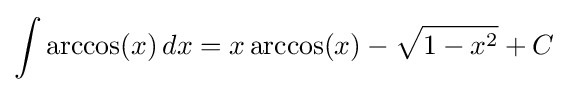
\int \arccos(x)\,dx=x\arccos(x)-{\sqrt {1-x^{2}}}+C